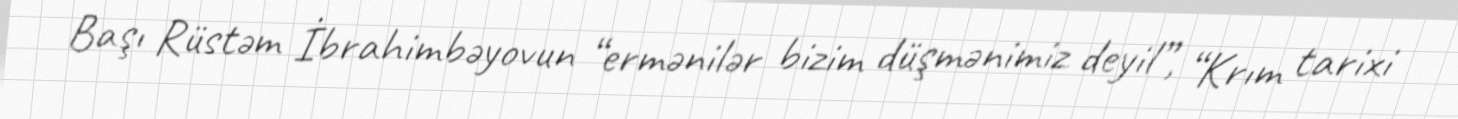
Başı Rüstəm İbrahimbəyovun “ermənilər bizim düşmənimiz deyil”, “Krım tarixi